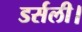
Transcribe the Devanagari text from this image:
डर्सली।